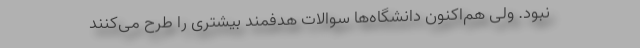
نبود. ولی هم‌اکنون دانشگاه‌ها سوالات هدفمند بیشتری را طرح می‌کنند